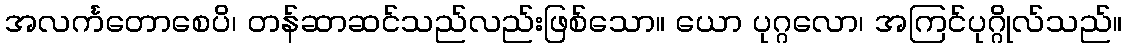
အလင်္ကတောစေပိ၊ တန်ဆာဆင်သည်လည်းဖြစ်သော။ ယော ပုဂ္ဂလော၊ အကြင်ပုဂ္ဂိုလ်သည်။